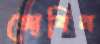
জোবিন